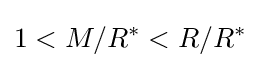
1<M/R^{\ast }<R/R^{\ast }